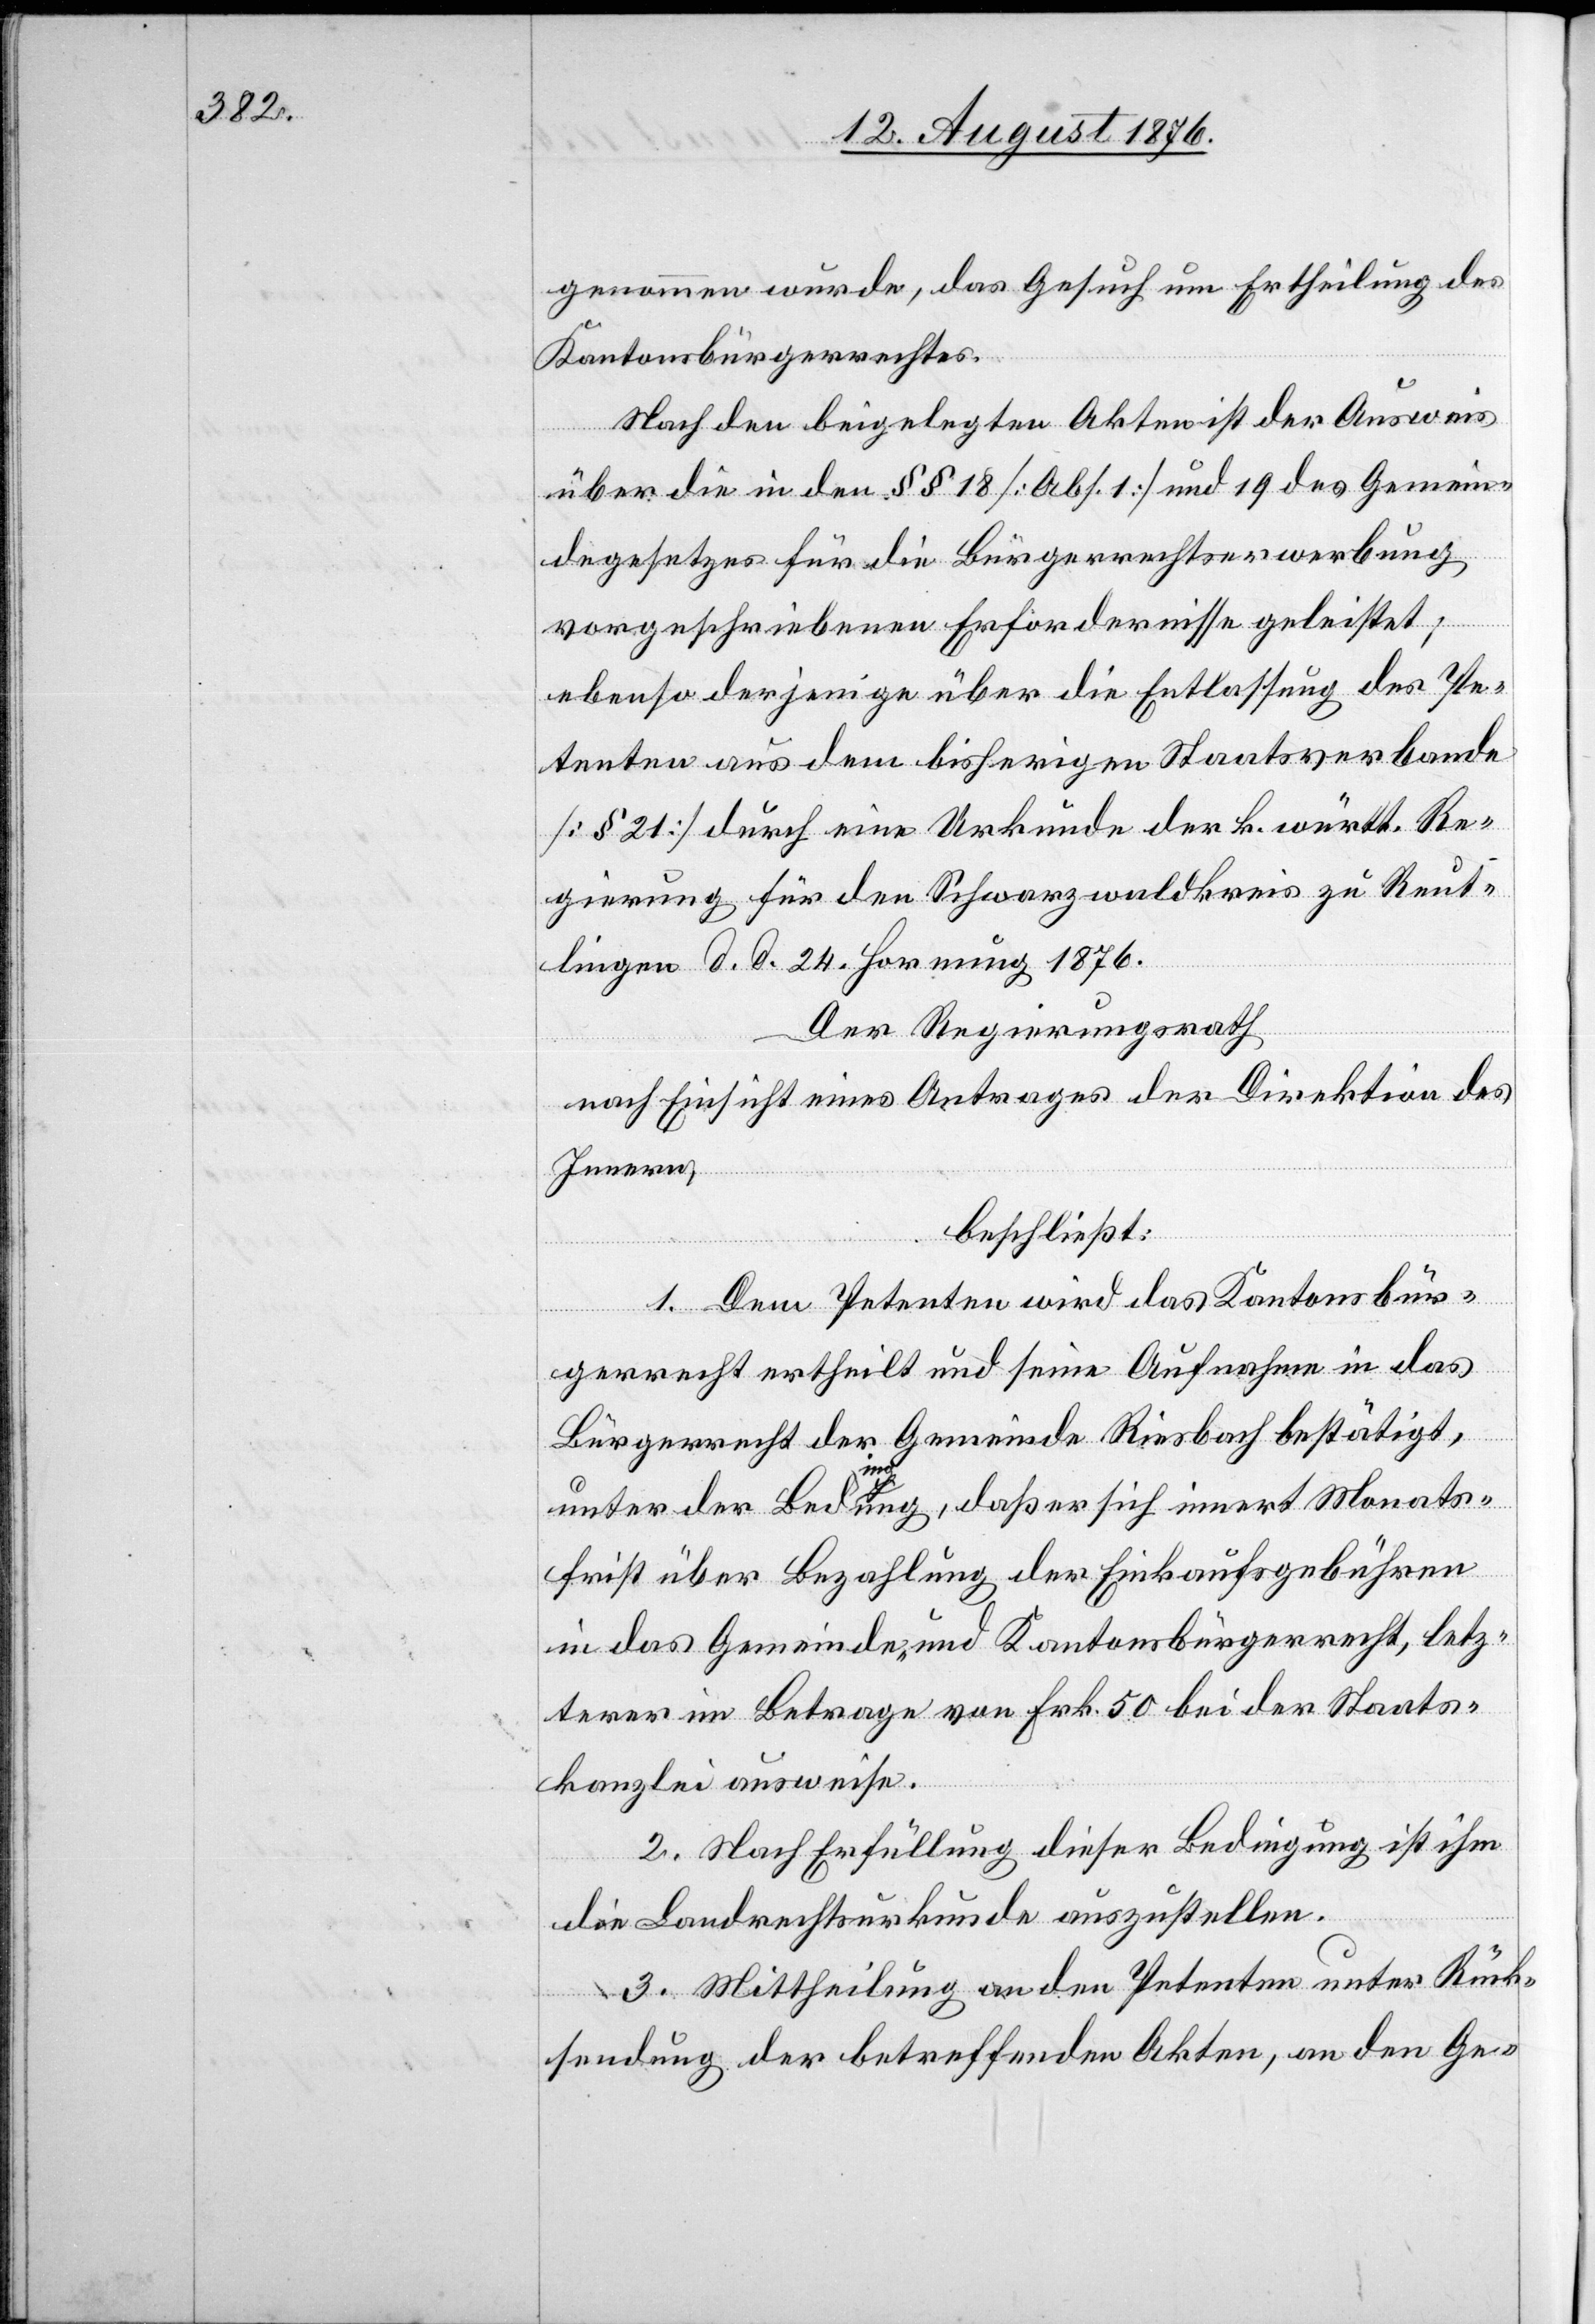
genommen wurde, das Gesuch um Ertheilung des
Kantonsbürgerrechtes.
Nach den beigelegten Akten ist der Ausweis
über die in den §§ 18 [Abs. 1] und 19 des Gemein¬
degesetzes für die Bürgerrechtserwerbung
vorgeschriebenen Erfordernisse geleistet;
ebenso derjenige über die Entlassung des Pe¬
tenten aus dem bisherigen Staatsverbande
[§ 21] durch eine Urkunde der k. württ. Re¬
gierung für den Schwarzwaldkreis zu Reut¬
lingen d. d. 24. Hornung 1876.
Der Regierungsrath
nach Einsicht eines Antrages der Direktion des
Innern,
beschließt:
1. Dem Petenten wird das Kantonsbür¬
gerrecht ertheilt und seine Aufnahme in das
Bürgerrecht der Gemeinde Riesbach bestätigt,
unter der Bedingung, daß er sich innert Monats¬
frist über Bezahlung der Einkaufsgebühren
in das Gemeinde- und Kantonsbürgerrecht, letz¬
terer im Betrage von Frk. 50 bei der Staats¬
kanzlei ausweise.
2. Nach Erfüllung dieser Bedingung ist ihm
die Landrechtsurkunde auszustellen.
3. Mittheilung an den Petenten unter Rück¬
sendung der betreffenden Akten, an den Ge-